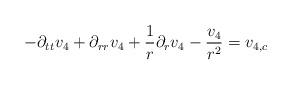
LaTeX: \begin{align*} -\partial_{tt}v_{4}+\partial_{rr}v_{4}+\frac{1}{r} \partial_{r}v_{4}-\frac{v_{4}}{r^{2}}=v_{4,c}\end{align*}